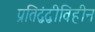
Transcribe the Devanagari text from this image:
प्रतिद्वंद्वीविहीन